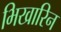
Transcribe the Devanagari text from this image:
भिखारिन